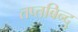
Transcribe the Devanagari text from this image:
तप्तबिन्दु